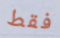
فقط